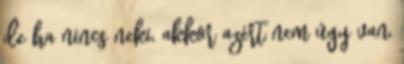
de ha nincs neki, akkor azért nem úgy van,